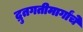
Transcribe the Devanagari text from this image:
द्रुतगतीमार्गांचे